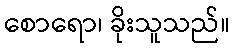
စောရော၊ ခိုးသူသည်။